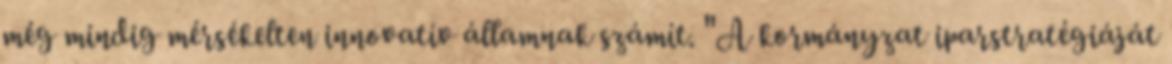
még mindig mérsékelten innovatív államnak számít. "A kormányzat iparstratégiáját